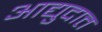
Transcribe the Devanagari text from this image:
आद्युदात्त